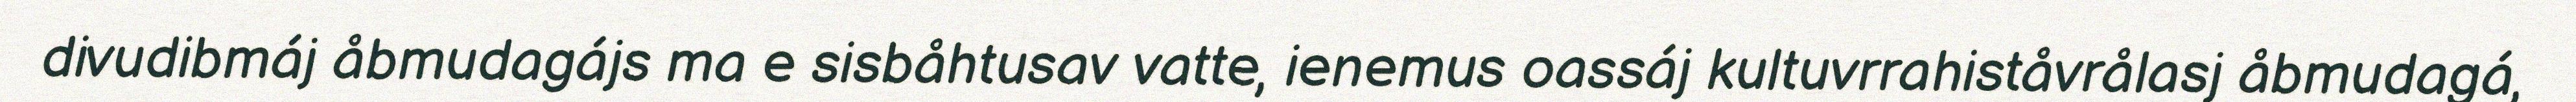
divudibmáj åbmudagájs ma e sisbåhtusav vatte, ienemus oassáj kultuvrrahiståvrålasj åbmudagá,